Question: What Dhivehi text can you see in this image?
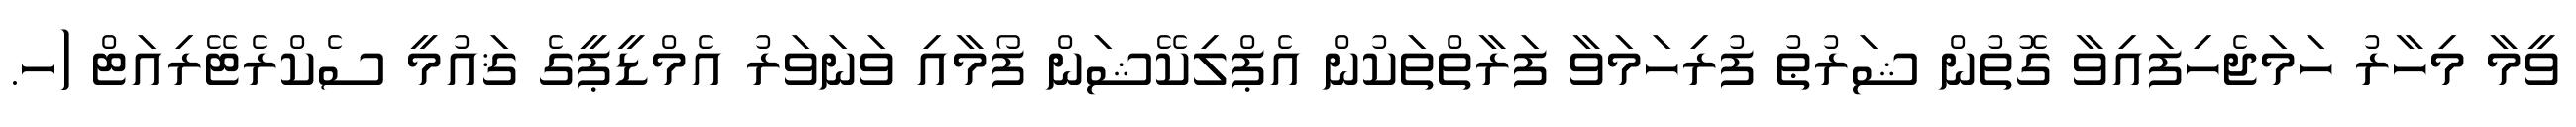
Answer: ވީމާ މިހާރު ހަމަޖެހިފައިވާ ގޮތުން ޝަރުޠު ފުރިހަމަވާ ފަރާތްތަކުން އެޕްލިކޭޝަން ފޯމާއި ވަނަވަރު އެމްޑީޕީގެ ޤައުމީ ސެކްރެޓޭރިއަޓް (ހ.